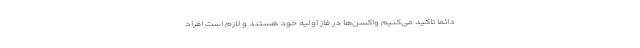
دائما تاکید می‌کنیم واکسن‌ها در فاز اولیه خود هستند و لازم است افراد